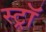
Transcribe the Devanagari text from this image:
स्ट्राॅ